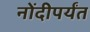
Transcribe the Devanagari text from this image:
नोंदीपर्यंत